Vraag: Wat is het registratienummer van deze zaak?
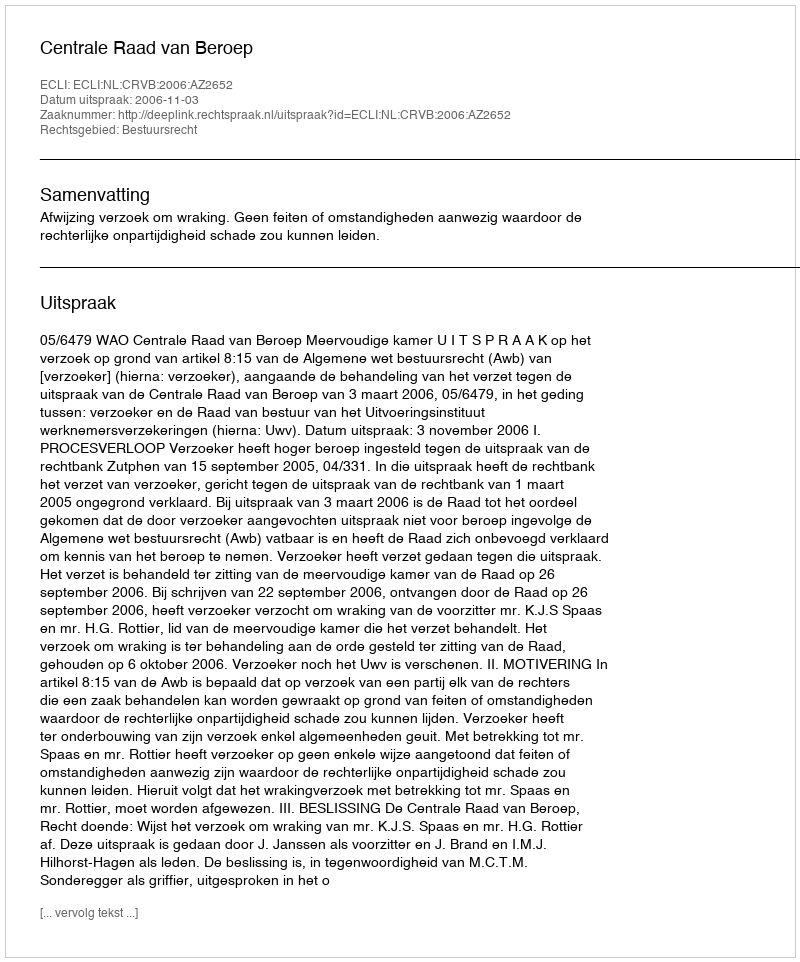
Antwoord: http://deeplink.rechtspraak.nl/uitspraak?id=ECLI:NL:CRVB:2006:AZ2652